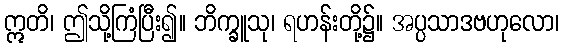
ဣတိ၊ ဤသို့ကြံပြီး၍။ ဘိက္ခူသု၊ ရဟန်းတို့၌။ အပ္ပသာဒဗဟုလော၊